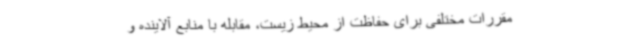
مقررات مختلفی برای حفاظت از محیط زیست، مقابله با منابع آلاینده و